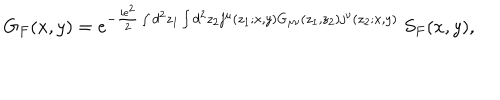
LaTeX: G _ { F } ( x , y ) = e ^ { - { \frac { i e ^ { 2 } } { 2 } } \int d ^ { 2 } z _ { 1 } \int d ^ { 2 } z _ { 2 } j ^ { \mu } ( z _ { 1 } ; x , y ) G _ { \mu \nu } ( z _ { 1 } , z _ { 2 } ) j ^ { \nu } ( z _ { 2 } ; x , y ) } ~ S _ { F } ( x , y ) ,